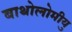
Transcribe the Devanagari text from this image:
बाथोलोमीयु